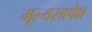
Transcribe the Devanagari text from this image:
मूल्यसापेक्ष